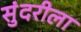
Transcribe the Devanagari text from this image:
सुंदरीला